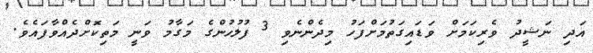
އަދި ނަޝީދު ވެރިކަމަށް ވަޑައިގަތުމަށްފަހު މިދެންނެވި 3 ފުލުހުންގެ މަގާމު ވަނީ މަތިކޮށްދެއްވާފައެވެ.